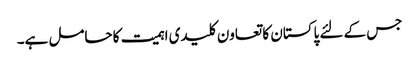
جس کے لئے پاکستان کا تعاون کلیدی اہمیت کا حامل ہے۔